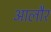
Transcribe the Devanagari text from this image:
आलौर